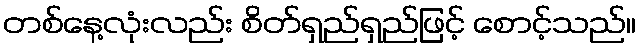
တစ်နေ့လုံးလည်း စိတ်ရှည်ရှည်ဖြင့် စောင့်သည်။